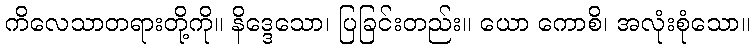
ကိလေသာတရားတို့ကို။ နိဒ္ဒေသော၊ ပြခြင်းတည်း။ ယော ကောစိ၊ အလုံးစုံသော။